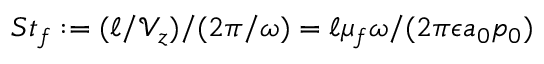
S t _ { f } : = ( \ell / \mathcal { V } _ { z } ) / ( 2 \pi / \omega ) = \ell \mu _ { f } \omega / ( 2 \pi \epsilon a _ { 0 } p _ { 0 } )